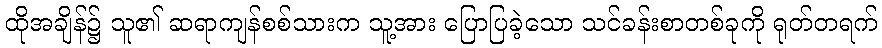
ထိုအချိန်၌ သူ၏ ဆရာကျန်စစ်သားက သူ့အား ပြောပြခဲ့သော သင်ခန်းစာတစ်ခုကို ရုတ်တရက်